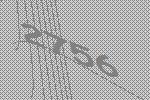
2756